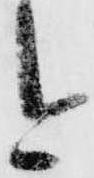
今